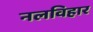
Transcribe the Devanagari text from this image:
नलविहार